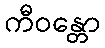
ကီဝန္တော